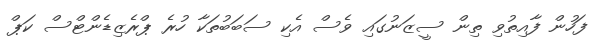
ފަހުން ފާއިތުވި ތިން ސީޒަނުގައި ވެސް އެކި ސަބަބުތަކާ ހުރެ ޕްރެޒިޑެންޓްސް ކަޕް